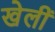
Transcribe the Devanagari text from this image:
खेलीं